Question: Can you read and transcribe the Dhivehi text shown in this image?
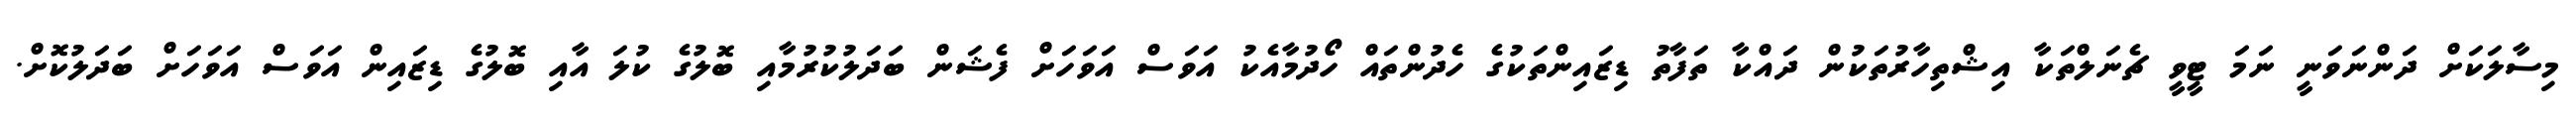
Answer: މިސާލަކަށް ދަންނަވަނީ ނަމަ ޓީވީ ޗެނަލްތަކާ އިޝްތިހާރުތަކުން ދައްކާ ތަފާތު ޑިޒައިންތަކުގެ ހެދުންތައް ހޯދުމާއެކު އަވަސް އަވަހަށް ފެޝަން ބަދަލުކުރުމާއި ބޮލުގެ ކުލަ އާއި ބޮލުގެ ޑިޒައިން އަވަސް އަވަހަށް ބަދަލުކޮށް.